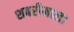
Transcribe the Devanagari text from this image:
शबरीमाला